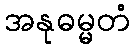
အနုဓမ္မတံ